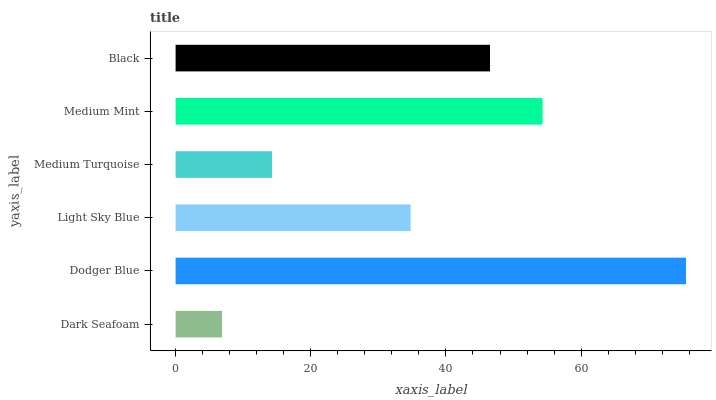
| yaxis_label | bars |
 | --- | --- |
 | Dark Seafoam | 6.88 |
 | Dodger Blue | 75.5 |
 | Light Sky Blue | 34.8 |
 | Medium Turquoise | 14.3 |
 | Medium Mint | 54.3 |
 | Black | 46.5 |